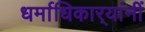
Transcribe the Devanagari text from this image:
धर्माधिकार्‍यांनीं